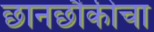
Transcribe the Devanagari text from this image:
छानछौकीचा